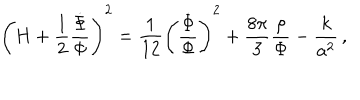
\left( H + { \frac { 1 } { 2 } } { \frac { \dot { \Phi } } { \Phi } } \right) ^ { 2 } = { \frac { 1 } { 1 2 } } \left( { \frac { \dot { \Phi } } { \Phi } } \right) ^ { 2 } + { \frac { 8 \pi } { 3 } } { \frac { \rho } { \Phi } } - { \frac { k } { a ^ { 2 } } } \, ,